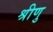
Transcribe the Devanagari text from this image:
श्रीणु